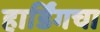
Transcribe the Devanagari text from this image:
हार्डिंगचा